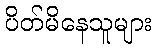
ပိတ်မိနေသူများ